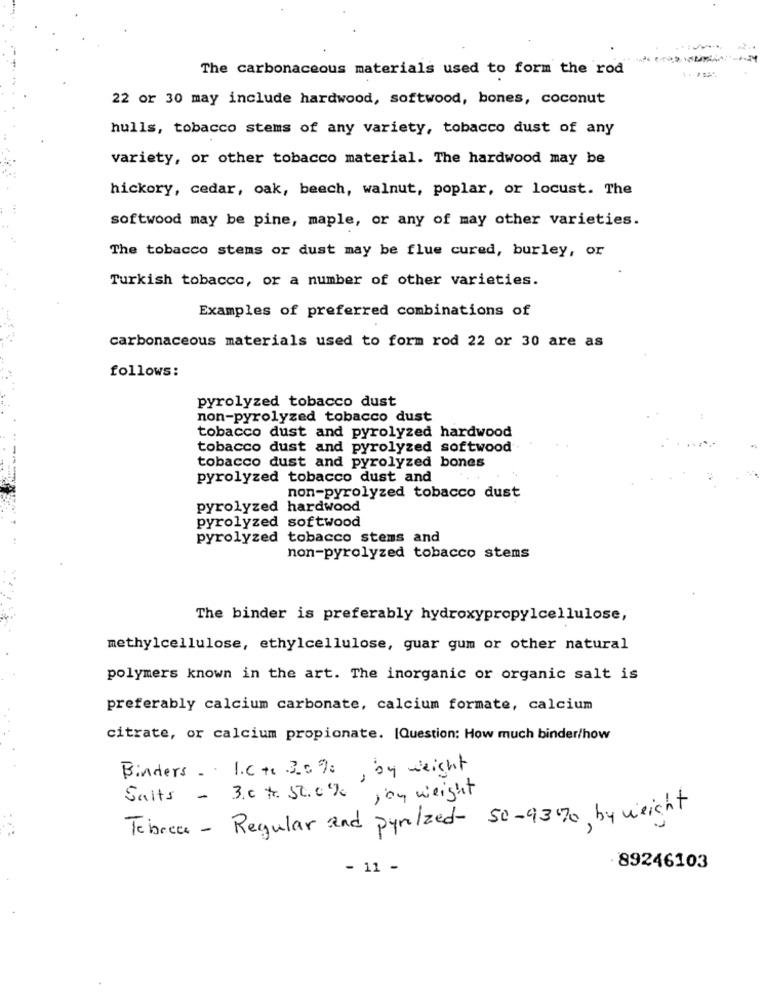
The carbonaceous materials used to form the rod
22 or 30 may include hardwood, softwood, bones, coconut
hulls, tobacco stems of any variety, tobacco dust of any
variety, or other tobacco material. The hardwood may be
hickory, cedar, oak, beach, walnut, poplar, or locust. The
softwood may be pine, maple, or any of may other varieties.
The tobacco stems or dust may be flue cured, burley, or
Turkish tobacco, or a number of other varieties.
Examples of preferred combinations of
carbonaceous materials used to form rod 22 or 30 are as
follows:
pyrolyzed tobacco dust
non-pyrolyzed tobacco dust
tobacco dust and pyrolyzed hardwood
tobacco dust and pyrolyzed softwood
tobacco dust and pyrolyzed bones
pyrolyzed tobacco dust and
non-pyrolyzed tobacco dust
pyrolyzed hardwood
pyrolyzed softwood
pyrolyzed tobacco stems and
non-pyrolyzed tobacco stems
The binder is preferably hydroxypropylcellulose,
methylcellulose, ethylcellulose, guar gum or other natural
polymers known in the art. The inorganic or organic salt is
preferably calcium carbonate, calcium formate, calcium
citrate, or calcium propionate. [Question: How much binder/how
Binders .. I.C +c 3.090, by weight
Salts - 3.0 4. 52.0% ,by weight
Tebrea - Regular and pyrelzed- 50-9370, by weight
- 11 -
· 89246103